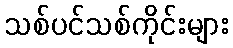
သစ်ပင်သစ်ကိုင်းများ